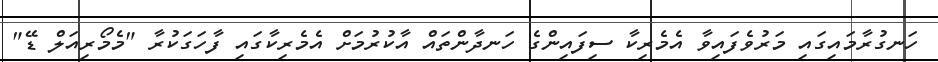
ހަނގުރާމައިގައި މަރުވެފައިވާ އެމެރިކާ ސިފައިންގެ ހަނދާންތައް އާކުރުމަށް އެމެރިކާގައި ފާހަގަކުރާ "މެމޯރިއަލް ޑޭ"